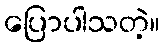
ပြောပါသတဲ့။